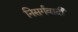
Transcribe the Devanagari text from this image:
निसर्गवादी